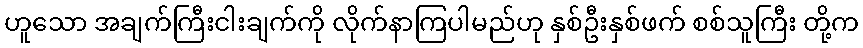
ဟူသော အချက်ကြီးငါးချက်ကို လိုက်နာကြပါမည်ဟု နှစ်ဦးနှစ်ဖက် စစ်သူကြီး တို့က